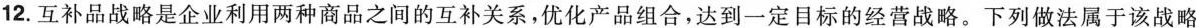
12.互补品战略是企业利用两种商品之间的互补关系，优化产品组合，达到一定目标的经营战略。下列做法属于该战略